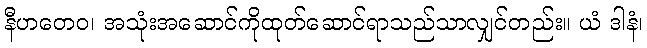
နီဟတေဝ၊ အသုံးအဆောင်ကိုထုတ်ဆောင်ရာသည်သာလျှင်တည်း။ ယံ ဒါနံ၊